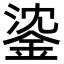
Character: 𨧁